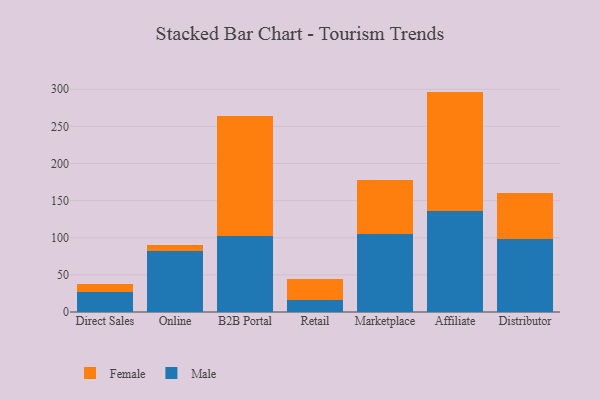
{"axis": {"x": "Channel", "y": "Budget (USD K)"}, "legend": ["Female", "Male"], "data": [{"x": "Direct Sales", "y": 27.1, "type": "Male"}, {"x": "Direct Sales", "y": 11.1, "type": "Female"}, {"x": "Online", "y": 81.6, "type": "Male"}, {"x": "Online", "y": 9.0, "type": "Female"}, {"x": "B2B Portal", "y": 102.9, "type": "Male"}, {"x": "B2B Portal", "y": 161.1, "type": "Female"}, {"x": "Retail", "y": 15.9, "type": "Male"}, {"x": "Retail", "y": 28.1, "type": "Female"}, {"x": "Marketplace", "y": 105.4, "type": "Male"}, {"x": "Marketplace", "y": 72.0, "type": "Female"}, {"x": "Affiliate", "y": 135.7, "type": "Male"}, {"x": "Affiliate", "y": 161.1, "type": "Female"}, {"x": "Distributor", "y": 97.7, "type": "Male"}, {"x": "Distributor", "y": 62.3, "type": "Female"}]}